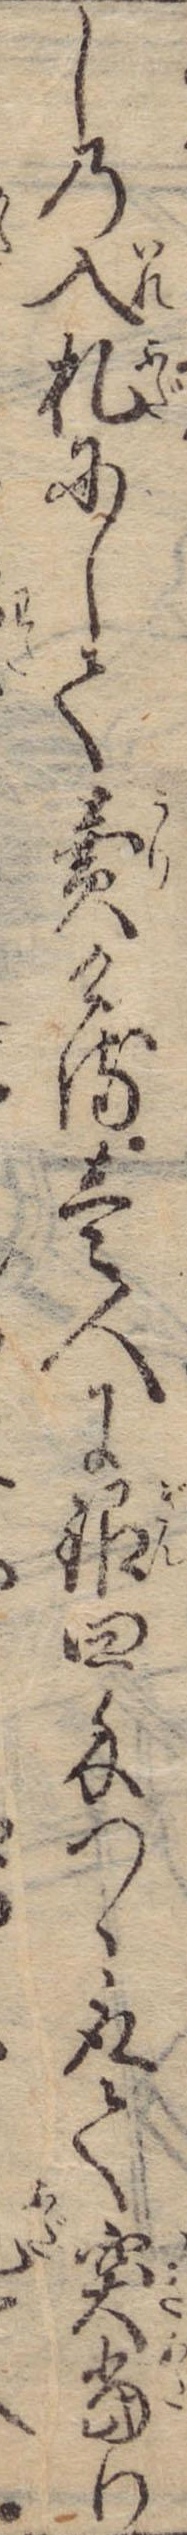
しの入札にして売ける壱人に銀四匁つゝ取て突当り